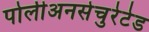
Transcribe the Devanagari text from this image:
पोलीअनसेचुरेटेड